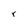
Character: r